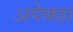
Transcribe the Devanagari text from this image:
अपेक्छा